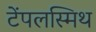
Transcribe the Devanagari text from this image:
टेंपलस्मिथ